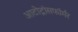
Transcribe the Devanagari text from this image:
आटोट्रांसफॉर्मर